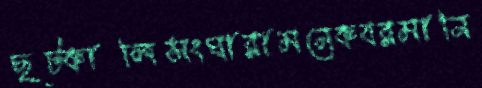
ছট্‌কালিসংঘারামনেকবরমানি